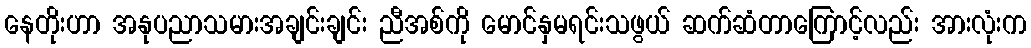
နေတိုးဟာ အနုပညာသမားအချင်းချင်း ညီအစ်ကို မောင်နှမရင်းသဖွယ် ဆက်ဆံတာကြောင့်လည်း အားလုံးက